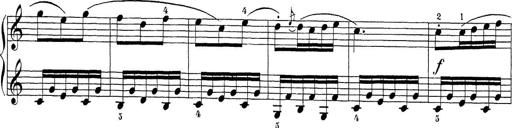
Title: Sonatina Album
Composer: Louis KÃ¶hler